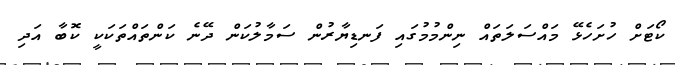
ކޯޓަށް ހުށަހެޅޭ މައްސަލަތައް ނިންމުމުގައި ފަނޑިޔާރުން ސަމާލުކަން ދޭނެ ކަންތައްތަކަކީ ކޮބާ އަދި